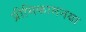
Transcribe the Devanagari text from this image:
प्रीमिकामनया